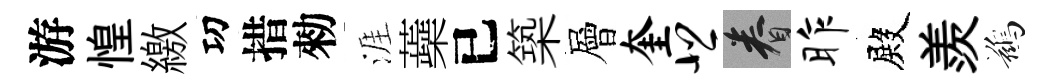
游惶繳㓛措勑涯蘃已築層奎悲眷昨殿羨鷀